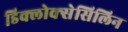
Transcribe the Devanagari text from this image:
डिक्लोक्सेसिलिन